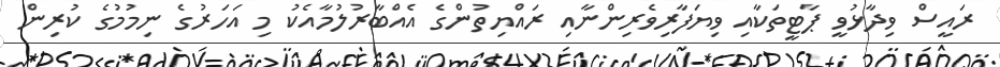
ރައީސް ވިދާޅުވީ ޕާޓީތަކާއި ވިޔަފާރިވެރިންނާއި ރައްޔިތުންގެ އެއްބާރުލުމާއެކު މި އަހަރުގެ ނިމުމުގެ ކުރިން